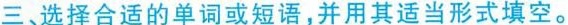
三、选择合适的单词或短语,并用其适当形式填空。